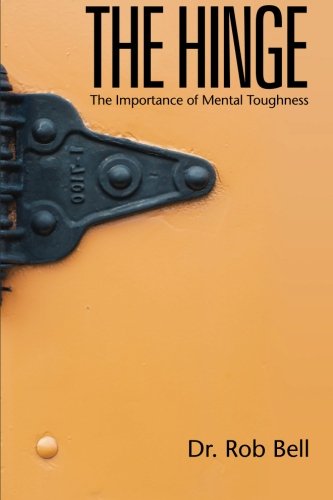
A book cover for The Hinge:: The Importance of Mental Toughness; Dr. Rob Bell; Sports & Outdoors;